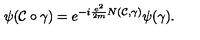
\psi ( { \cal C } \circ \gamma ) = e ^ { - i \frac { e ^ { 2 } } { 2 m } N ( { \cal C } , \gamma ) } \psi ( \gamma ) .